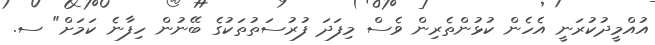
އުއްމީދުކުރަނީ އެހެން ކުޅުންތެރިން ވެސް މިފަދަ ފުރުސަތުތަކުގެ ބޭނުން ހިފާނެ ކަމަށް" ސ.